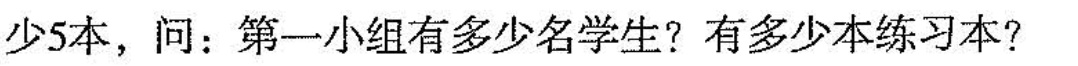
少5本，问：第一小组有多少名学生?有多少本练习本?